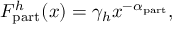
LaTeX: F _ { \mathrm { p a r t } } ^ { h } ( x ) = \gamma _ { h } x ^ { - \alpha _ { \mathrm { p a r t } } } ,